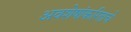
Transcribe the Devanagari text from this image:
अवशेषांकरिताचे